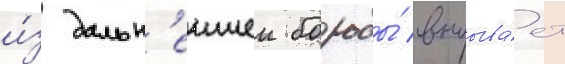
и́з дальн'еишеи борьбы́ выбыва́ет